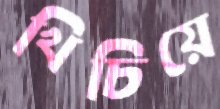
খিচিয়ে